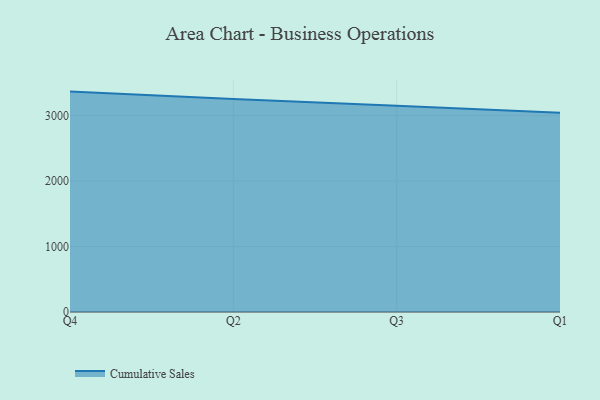
{"axis": {"x": "Quarter", "y": "Latency (ms)"}, "legend": ["Cumulative Sales"], "data": [{"x": "Q4", "y": 3366.1, "type": "Cumulative Sales"}, {"x": "Q2", "y": 3251.3, "type": "Cumulative Sales"}, {"x": "Q3", "y": 3148.3, "type": "Cumulative Sales"}, {"x": "Q1", "y": 3041.7, "type": "Cumulative Sales"}]}